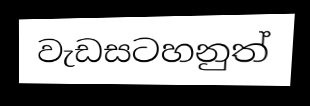
වැඩසටහනුත්